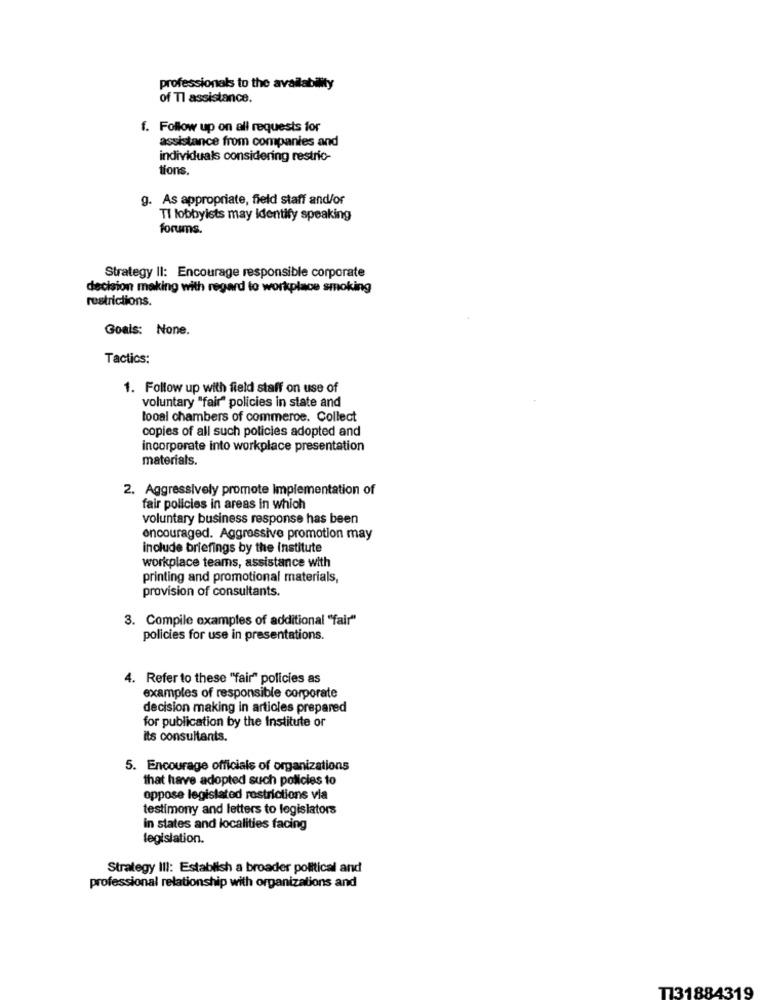
professionals to the availability
of Tl assistance.
f. Follow up on all requests for
assistance from companies and
individuals considering restric-
tions.
g. As appropriate, field staff and/or
TI lobbyists may Identify speaking
forums.
Strategy II: Encourage responsible corporate
decision making with regard to workplace smoking
restrictions.
Goals: None.
Tactics:
1. Follow up with field staff on use of
voluntary "fair" policies in state and
looal chambers of commeros. Collect
copies of all such policies adopted and
incorporate into workplace presentation
materials.
2. Aggressively promote Implementation of
fair policies in areas in which
voluntary business response has been
encouraged. Aggressive promotion may
include briefings by the institute
workplace teams, assistance with
printing and promotional materials,
provision of consultants.
3. Compile examples of additional "fair"
policies for use in presentations.
4. Refer to these "fair" policies as
examples of responsible corporate
decision making in articles prepared
for publication by the Institute or
its consultants.
5. Encourage officials of organizations
that have adopted such policies to
oppose legislated restrictions via
testimony and letters to legislators
in states and localities facing
legislation.
Strategy III: Establish a broader political and
professional relationship with organizations and
T731884319